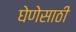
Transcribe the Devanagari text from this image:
घेणेसाठी